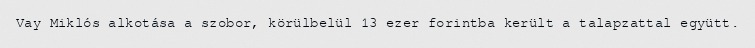
Vay Miklós alkotása a szobor, körülbelül 13 ezer forintba került a talapzattal együtt.